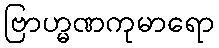
ဗြာဟ္မဏကုမာရော